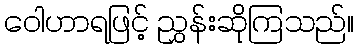
ဝေါဟာရဖြင့် ညွှန်းဆိုကြသည်။